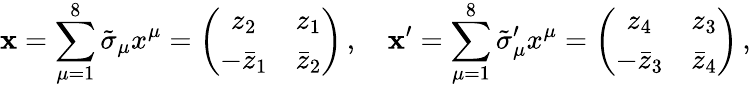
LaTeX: \mathbf{x}=\sum_{\mu=1}^{8}\tilde{\sigma}_{\mu}x^{\mu}=\left(\begin{array}{cc}{{z_{2}}}&{{z_{1}}}\\ {{-\bar{z}_{1}}}&{{\bar{z}_{2}}}\end{array}\right)\, ,\quad\mathbf{x}^{\prime}=\sum_{\mu=1}^{8}\tilde{\sigma}_{\mu}^{\prime}x^{\mu}=\left(\begin{array}{cc}{{z_{4}}}&{{z_{3}}}\\ {{-\bar{z}_{3}}}&{{\bar{z}_{4}}}\end{array}\right)\, ,